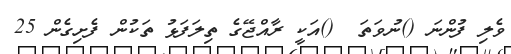
ވެލި ފުންނަ ()ނުވަތަ  ()އަކީ ރާއްޖޭގެ ތިލަފަޅު ތަކުން ފެށިގެން 25